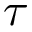
\tau